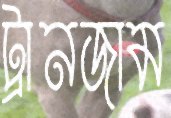
ট্রানজাম